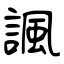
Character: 諷